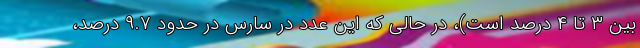
بین ۳ تا ۴ درصد است)، در حالی که این عدد در سارس در حدود ۹.۷ درصد،